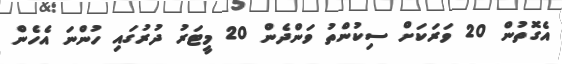
އެގޮތުން 20 ވަރަކަށް ސިކުންތު ވަންދެން 20 މީޓަރު ދުރުގައި ހުންނަ އެހެން